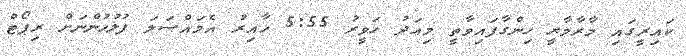
ކައިރީގައި މާރާމާރީ ހިންގާފައިވާތީ މިއަދު ހަވީރު 5:55 ހާއިރު އެމައްސަލަ ފުލުހުންނަށް ރިޕޯޓް